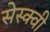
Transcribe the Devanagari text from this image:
सेस्क्वी